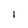
Character: l